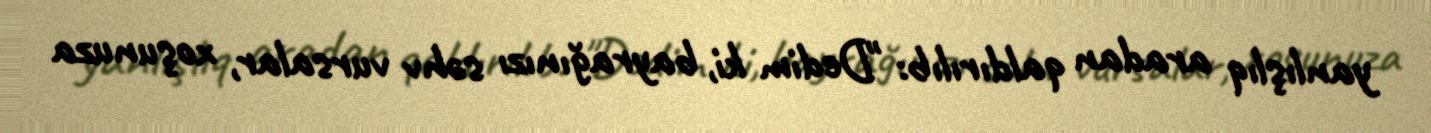
yanlışlıq aradan qaldırılıb: "Dedim ki, bayrağınızı səhv vursalar, xoşunuza